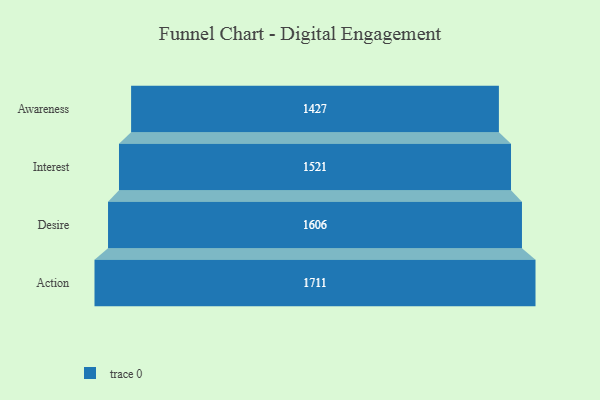
{"axis": {"x": "Stage", "y": "Value"}, "legend": [""], "data": [{"x": "Awareness", "y": 1427.0, "type": ""}, {"x": "Interest", "y": 1521.0, "type": ""}, {"x": "Desire", "y": 1606.0, "type": ""}, {"x": "Action", "y": 1711.0, "type": ""}]}